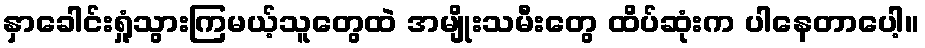
နှာခေါင်းရှုံ့သွားကြမယ့်သူတွေထဲ အမျိုးသမီးတွေ ထိပ်ဆုံးက ပါနေတာပေါ့။